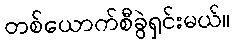
တစ်ယောက်စီခွဲရှင်းမယ်။